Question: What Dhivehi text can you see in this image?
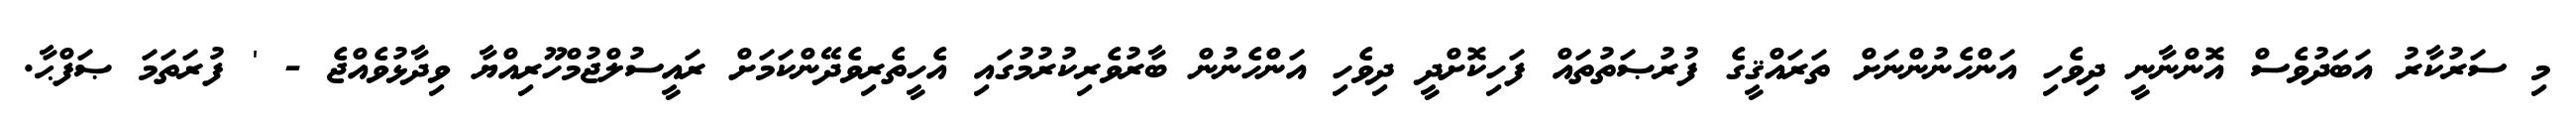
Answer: މި ސަރުކާރު އަބަދުވެސް އޮންނާނީ ދިވެހި އަންހެނުންނަށް ތަރައްޤީގެ ފުރުޞަތުތައް ފަހިކޮށްދީ ދިވެހި އަންހެނުން ބާރުވެރިކުރުމުގައި އެހީތެރިވެދޭންކަމަށް ރައީސުލްޖުމްހޫރިއްޔާ ވިދާޅުވެއްޖެ - ' ފުރަތަމަ ޞަފްޙާ.